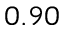
0 . 9 0